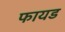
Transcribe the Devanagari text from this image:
फायड